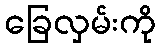
ခြေလှမ်းကို